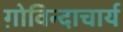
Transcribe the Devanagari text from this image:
ग़ोविन्दाचार्य